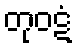
တုဝဋံ